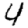
Digit: 4